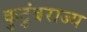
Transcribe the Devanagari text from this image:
कुटुंबराज्य